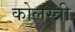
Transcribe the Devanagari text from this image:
कोलस्त्री